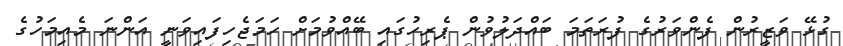
ގުޅޭ ވަޒީރުން ފެންވަރުގެ ފުރަތަމަ ބައްދަލުވުން ޕެރިހުގައި ބޭއްވުމަށް ހަމަޖެހިފައިވަނީ އަންނަ މެއިމަހުގެ